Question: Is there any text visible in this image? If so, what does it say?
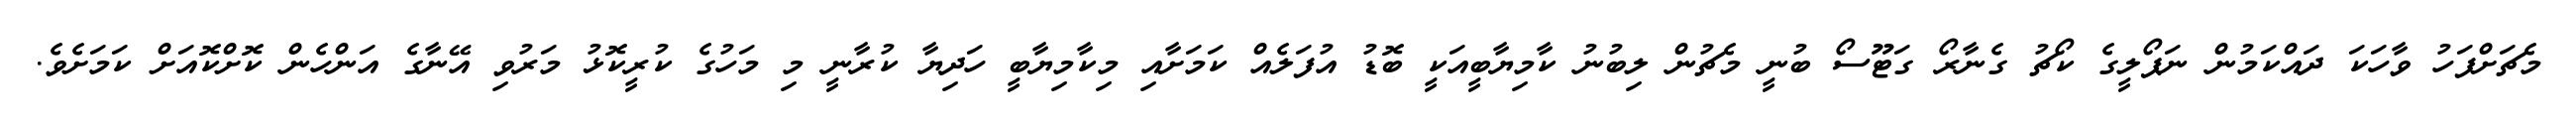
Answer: މެޗަށްފަހު ވާހަކަ ދައްކަމުން ނަޕޯލީގެ ކޯޗު ގެނާރޯ ގަޓޫސޯ ބުނީ މެޗުން ލިބުނު ކާމިޔާބީއަކީ ބޮޑު އުފަލެއް ކަމަށާއި މިކާމިޔާބީ ހަދިޔާ ކުރާނީ މި މަހުގެ ކުރީކޮޅު މަރުވި އޭނާގެ އަންހެން ކޮށްކޮއަށް ކަމަށެވެ.